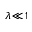
\lambda \! \ll \! 1